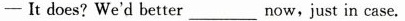
—It does? We'd better___now, just in case.